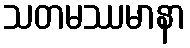
သတမဿမာနာ